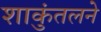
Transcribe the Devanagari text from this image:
शाकुंतलने